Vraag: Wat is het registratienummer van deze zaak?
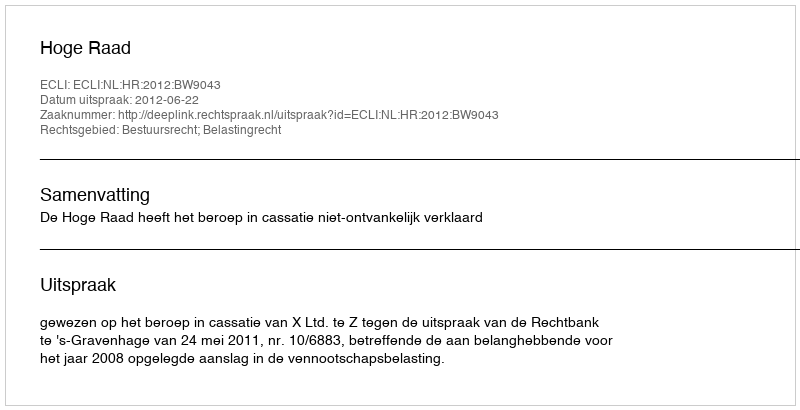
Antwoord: http://deeplink.rechtspraak.nl/uitspraak?id=ECLI:NL:HR:2012:BW9043